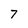
Character: 7